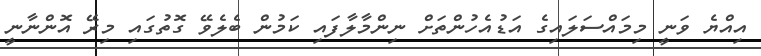
އިއްޔެ ވަނީ މިމައްސަލައިގެ އަޑުއެހުންތަށް ނިންމާލާފައި ކަމުން ބެލެވޭ ގޮތުގައި މިރޭ އޮންނާނީ